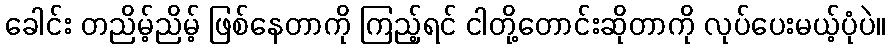
ခေါင်း တညိမ့်ညိမ့် ဖြစ်နေတာကို ကြည့်ရင် ငါတို့တောင်းဆိုတာကို လုပ်ပေးမယ့်ပုံပဲ။